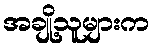
အချို့သူများက